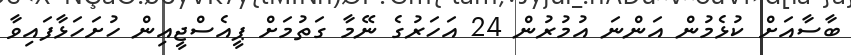
ބާސާއަށް ކުޅެމުން އަންނަ އުމުރުން 24 އަހަރުގެ ނޭމާ ގަތުމަށް ޕީއެސްޖީއިން ހުށަހަޅާފައިވާ